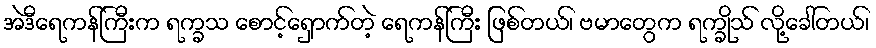
အဲဒီရေကန်ကြီးက ရက္ခသ စောင့်ရှောက်တဲ့ ရေကန်ကြီး ဖြစ်တယ်၊ ဗမာတွေက ရက္ခိုသ် လို့ခေါ်တယ်၊